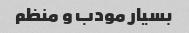
بسیار مودب و منظم